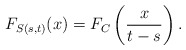
\begin{align*}F_{S(s,t)}(x) = F_{C}\left( \frac{x}{t-s} \right).\end{align*}